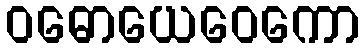
ဝဓောယေဝေကော